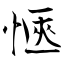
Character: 愜